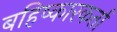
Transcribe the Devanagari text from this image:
बहिष्कारकर्ता